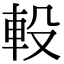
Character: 軗